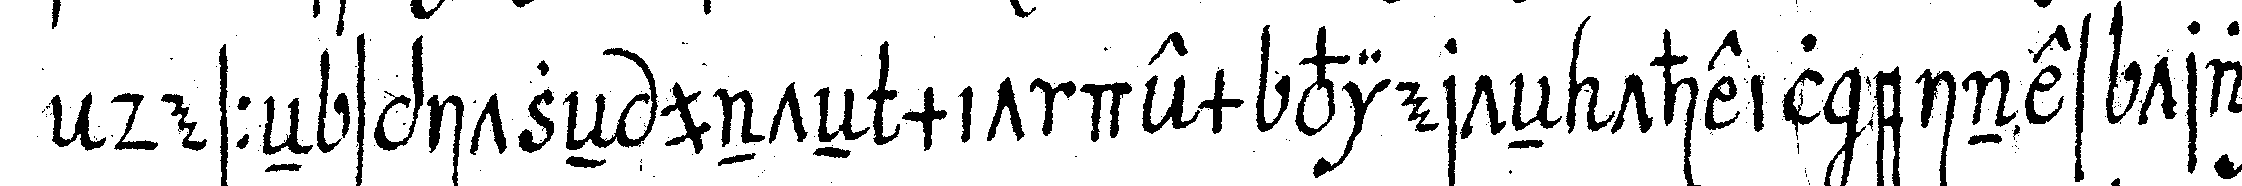
desseN spitzeN unteN mit dem vierteN theil eines tran